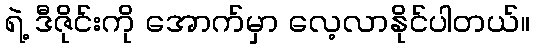
ရဲ့ ဒီဇိုင်းကို အောက်မှာ လေ့လာနိုင်ပါတယ်။